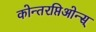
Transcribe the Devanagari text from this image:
कोन्तरप्तिओन्स्